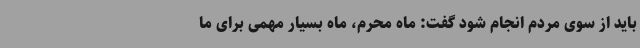
باید از سوی مردم انجام شود گفت: ماه محرم، ماه بسیار مهمی برای ما